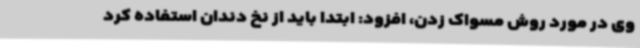
وی در مورد روش مسواک زدن، افزود: ابتدا باید از نخ دندان استفاده کرد